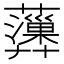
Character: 𧄩